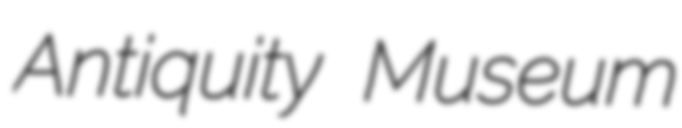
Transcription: Antiquity Museum